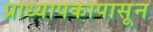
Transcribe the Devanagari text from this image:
प्राध्यापकापासून